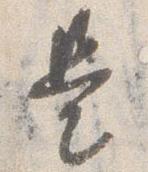
是